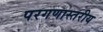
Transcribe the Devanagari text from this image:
परगणास्तरीय